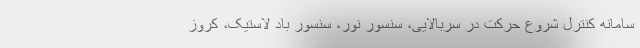
سامانه کنترل شروع حرکت در سربالایی، سنسور نور، سنسور باد لاستیک، کروز